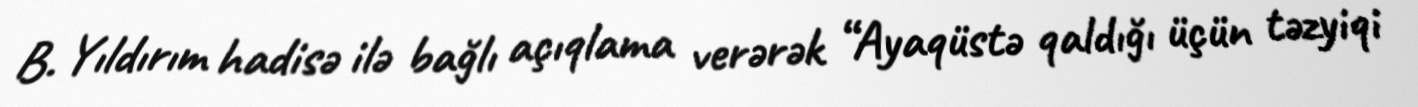
B. Yıldırım hadisə ilə bağlı açıqlama verərək “Ayaqüstə qaldığı üçün təzyiqi